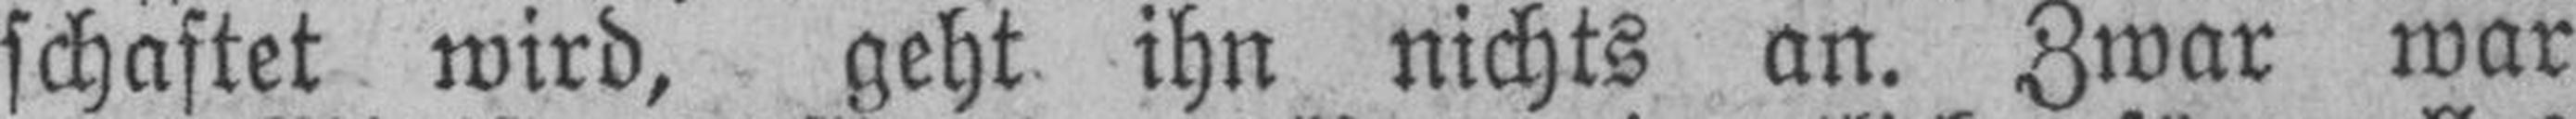
schaftet wird, geht ihn nichts an. Zwar war